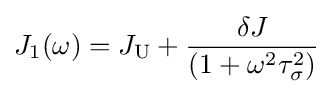
J_{1}(\omega )=J_{\text{U}}+{\frac {\delta J}{(1+\omega ^{2}\tau _{\sigma }^{2})}}